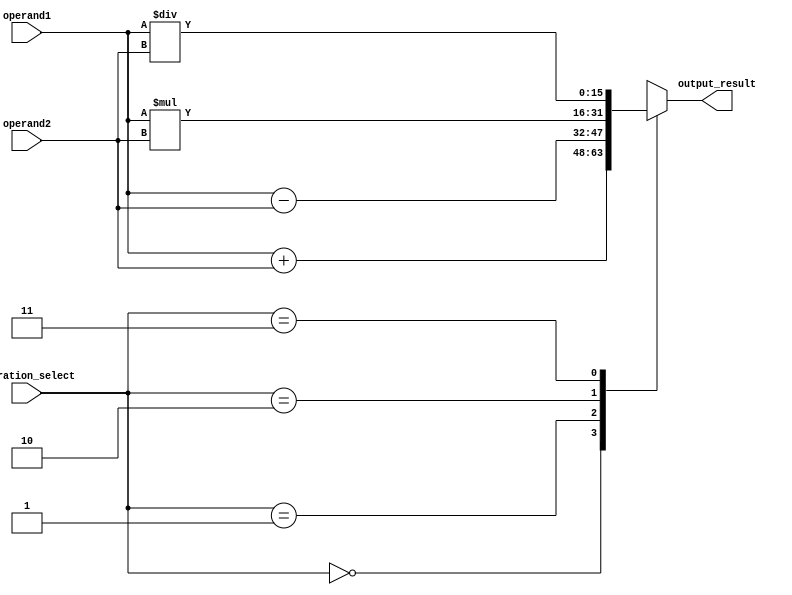
module ALU_16bit (
    input [15:0] operand1,
    input [15:0] operand2,
    input [1:0] operation_select,
    output reg [15:0] output_result
);

always @(*)
begin
    case(operation_select)
        2'b00: output_result = operand1 + operand2; // Addition
        2'b01: output_result = operand1 - operand2; // Subtraction
        2'b10: output_result = operand1 * operand2; // Multiplication
        2'b11: output_result = operand1 / operand2; // Division
    endcase
end

endmodule